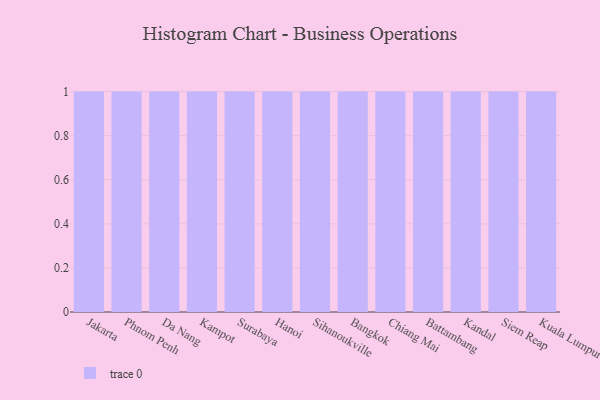
{"axis": {"x": "City", "y": "Backlog"}, "legend": [""], "data": [{"x": "Jakarta", "y": 32, "type": ""}, {"x": "Phnom Penh", "y": 55, "type": ""}, {"x": "Da Nang", "y": 71, "type": ""}, {"x": "Kampot", "y": 50, "type": ""}, {"x": "Surabaya", "y": 44, "type": ""}, {"x": "Hanoi", "y": 92, "type": ""}, {"x": "Sihanoukville", "y": 52, "type": ""}, {"x": "Bangkok", "y": 6, "type": ""}, {"x": "Chiang Mai", "y": 80, "type": ""}, {"x": "Battambang", "y": 14, "type": ""}, {"x": "Kandal", "y": 54, "type": ""}, {"x": "Siem Reap", "y": 63, "type": ""}, {"x": "Kuala Lumpur", "y": 20, "type": ""}]}